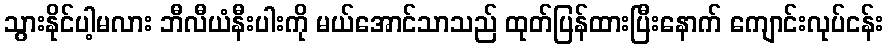
သွားနိုင်ပါ့မလား ဘီလီယံနီးပါးကို မယ်အောင်သာသည် ထုတ်ပြန်ထားပြီးနောက် ကျောင်းလုပ်ငန်း